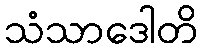
သံသာဒေါတိ